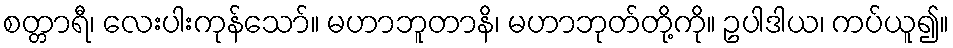
စတ္တာရီ၊ လေးပါးကုန်သော်။ မဟာဘူတာနိ၊ မဟာဘုတ်တို့ကို။ ဥပါဒါယ၊ ကပ်ယူ၍။